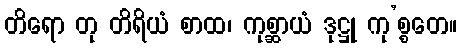
တိရော တု တိရိယံ စာထ၊ ကုစ္ဆာယံ ဒုဋ္ဌု ကု’စ္စတေ။